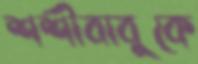
শশীবাবুকে